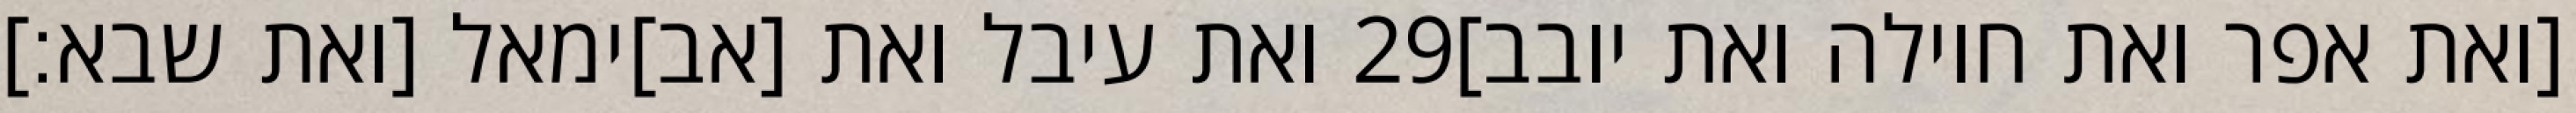
ואת עיבל ואת [אב]ימאל [ואת שבא׃] ‎29‏ [ואת אפר ואת חוילה ואת יובב]